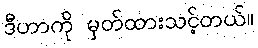
ဒီဟာကို မှတ်ထားသင့်တယ်။